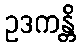
ဥဒကန္တိ